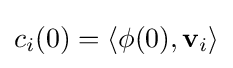
c_{i}(0)=\left\langle \phi (0),\mathbf {v} _{i}\right\rangle